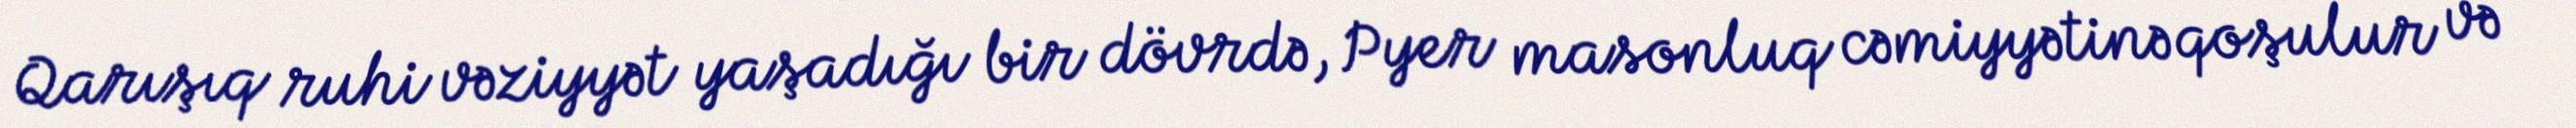
Qarışıq ruhi vəziyyət yaşadığı bir dövrdə, Pyer masonluq cəmiyyətinə qoşulur və